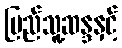
ပြည်သူ့ဆန္ဒနှင့်